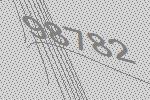
98782